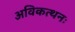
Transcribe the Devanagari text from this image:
अविकत्थनः